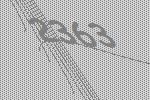
2363